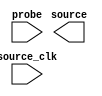
// megafunction wizard: %In-System Sources and Probes%VBB%
// GENERATION: STANDARD
// VERSION: WM1.0
// MODULE: altsource_probe 

// ============================================================
// Megafunction Name(s):
// 			altsource_probe
//
// Simulation Library Files(s):
// 			
// ============================================================
// ************************************************************
// THIS IS A WIZARD-GENERATED FILE. DO NOT EDIT THIS FILE!
//
// 16.0.2 Build 222 07/20/2016 SJ Standard Edition
// ************************************************************

//Copyright (C) 1991-2016 Altera Corporation. All rights reserved.
//Your use of Altera Corporation's design tools, logic functions 
//and other software and tools, and its AMPP partner logic 
//functions, and any output files from any of the foregoing 
//(including device programming or simulation files), and any 
//associated documentation or information are expressly subject 
//to the terms and conditions of the Altera Program License 
//Subscription Agreement, the Altera Quartus Prime License Agreement,
//the Altera MegaCore Function License Agreement, or other 
//applicable license agreement, including, without limitation, 
//that your use is for the sole purpose of programming logic 
//devices manufactured by Altera and sold by Altera or its 
//authorized distributors.  Please refer to the applicable 
//agreement for further details.

module hps_reset (
	probe,
	source_clk,
	source);

	input	  probe;
	input	  source_clk;
	output	[2:0]  source;

endmodule

// ============================================================
// CNX file retrieval info
// ============================================================
// Retrieval info: PRIVATE: INTENDED_DEVICE_FAMILY STRING "Cyclone V"
// Retrieval info: LIBRARY: altera_mf altera_mf.altera_mf_components.all
// Retrieval info: CONSTANT: ENABLE_METASTABILITY STRING "YES"
// Retrieval info: CONSTANT: INSTANCE_ID STRING "RST"
// Retrieval info: CONSTANT: PROBE_WIDTH NUMERIC "0"
// Retrieval info: CONSTANT: SLD_AUTO_INSTANCE_INDEX STRING "YES"
// Retrieval info: CONSTANT: SLD_INSTANCE_INDEX NUMERIC "0"
// Retrieval info: CONSTANT: SOURCE_INITIAL_VALUE STRING " 0"
// Retrieval info: CONSTANT: SOURCE_WIDTH NUMERIC "3"
// Retrieval info: USED_PORT: probe 0 0 0 0 INPUT NODEFVAL "probe"
// Retrieval info: USED_PORT: source 0 0 3 0 OUTPUT NODEFVAL "source[2..0]"
// Retrieval info: USED_PORT: source_clk 0 0 0 0 INPUT NODEFVAL "source_clk"
// Retrieval info: CONNECT: @probe 0 0 0 0 probe 0 0 0 0
// Retrieval info: CONNECT: @source_clk 0 0 0 0 source_clk 0 0 0 0
// Retrieval info: CONNECT: source 0 0 3 0 @source 0 0 3 0
// Retrieval info: GEN_FILE: TYPE_NORMAL hps_reset.v TRUE
// Retrieval info: GEN_FILE: TYPE_NORMAL hps_reset.inc FALSE
// Retrieval info: GEN_FILE: TYPE_NORMAL hps_reset.cmp FALSE
// Retrieval info: GEN_FILE: TYPE_NORMAL hps_reset.bsf FALSE
// Retrieval info: GEN_FILE: TYPE_NORMAL hps_reset_inst.v FALSE
// Retrieval info: GEN_FILE: TYPE_NORMAL hps_reset_bb.v TRUE